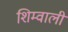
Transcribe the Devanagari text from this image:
शिम्वाली